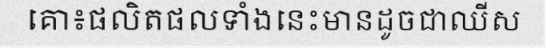
គោ៖ផលិតផលទាំងនេះមានដូចជាឈីស